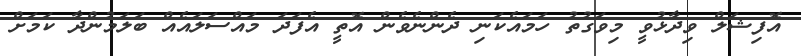
އޮފިޝަލް ވިދާޅުވީ މިވަގުތު ހަމައެކަނި ދެންނެވެން އޮތީ އެފަދަ މައްސަލައެއް ބަލަމުންދާ ކަމަށް